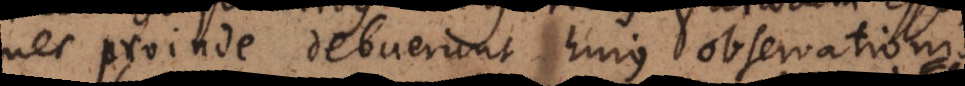
nec proinde debuerunt hujus observationis